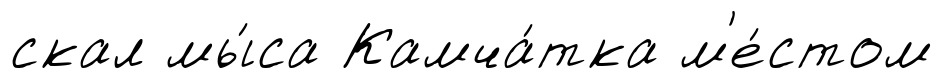
скал мы́са Камча́тка м'е́стом